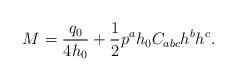
LaTeX: \begin{align*}M={{q_0}\over{4h_0}}+{1\over 2}p^ah_0C_{abc}h^bh^c.\end{align*}